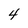
Character: 4